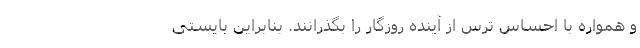
و همواره با احساس ترس از آینده روزگار را بگذرانند. بنابراین بایستی